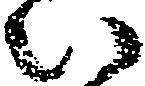
い